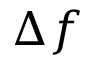
\Delta f